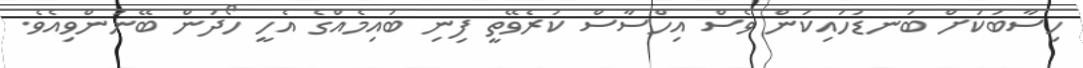
ހިސާބަކަށް ބަނޑުހައިކަން ވެސް އިހްސާސް ކުރެވޭތީ ފިނި ބުއިމެއްގެ އެހީ ހޯދަން ބޭނުންވިއެވެ.